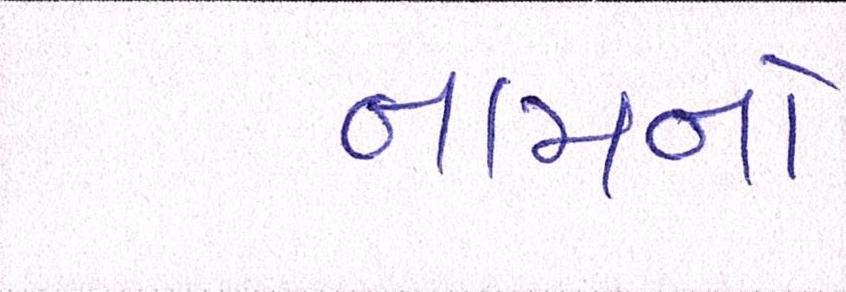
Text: નામનો